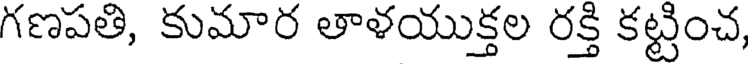
గణపతి, కుమార తాళయుక్తల రక్తి కట్టించ,